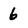
Character: 6